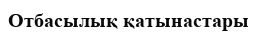
Отбасылық қатынастары